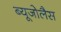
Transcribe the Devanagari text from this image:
ब्यूजोलैस